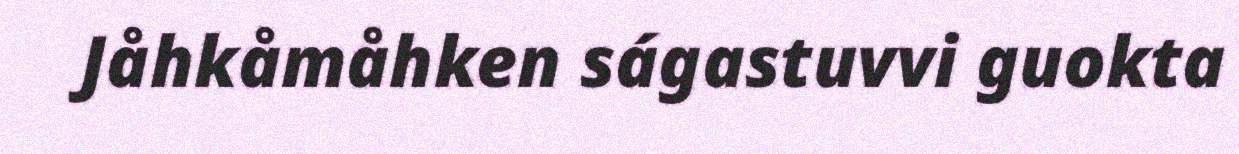
Jåhkåmåhken ságastuvvi guokta